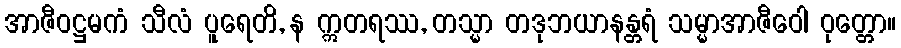
အာဇီဝဋ္ဌမကံ သီလံ ပူရေတိ, န ဣတရဿ, တသ္မာ တဒုဘယာနန္တရံ သမ္မာအာဇီဝေါ ဝုတ္တော။